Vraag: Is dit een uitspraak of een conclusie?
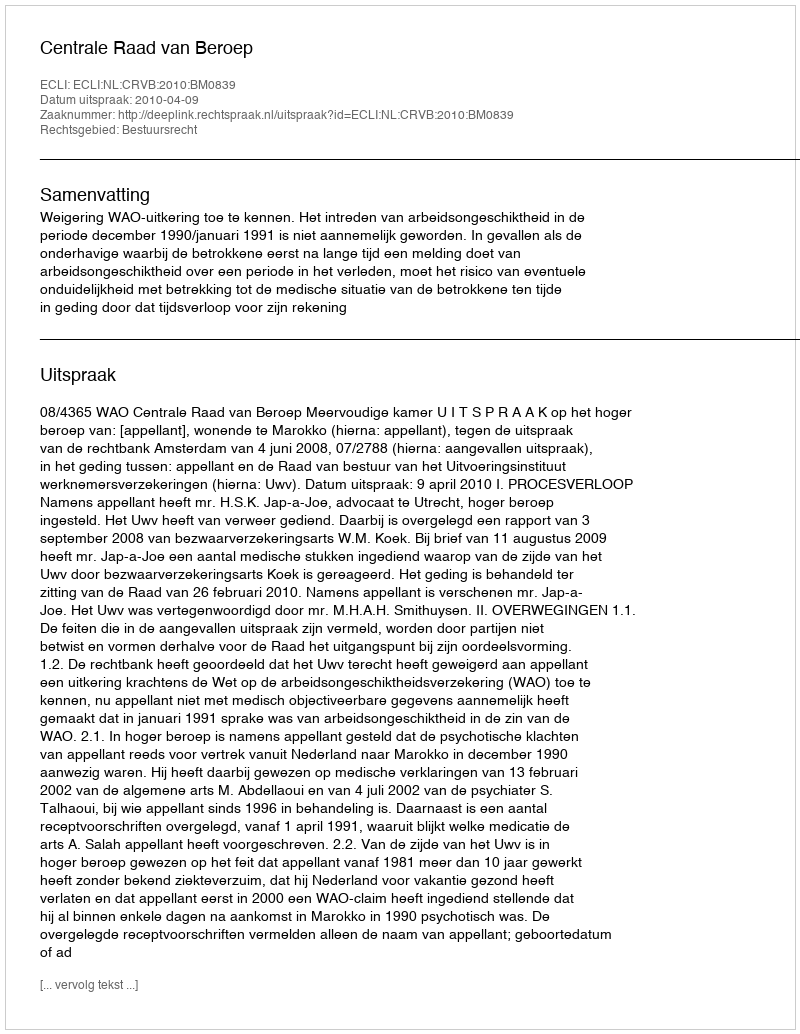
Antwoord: Uitspraak